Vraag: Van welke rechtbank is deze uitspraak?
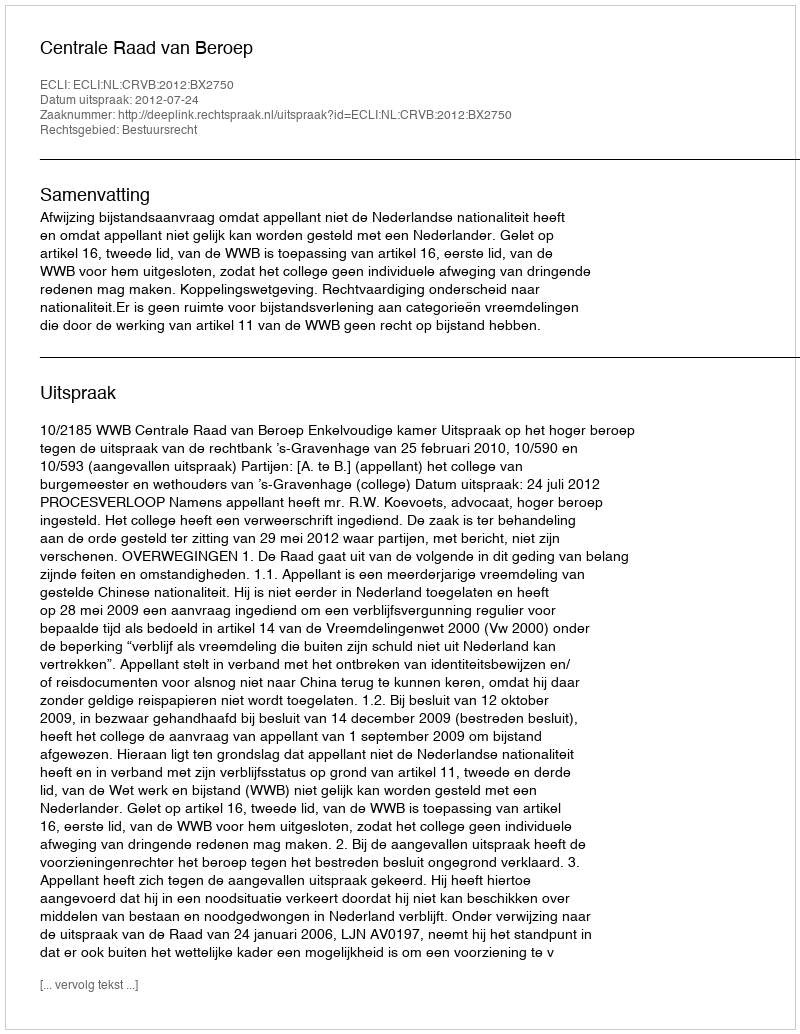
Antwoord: Centrale Raad van Beroep